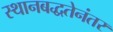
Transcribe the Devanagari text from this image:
स्थानबद्धतेनंतर